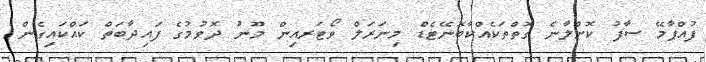
ފުއްޕާމޭ ސާފު ކޮށްލާނެ ގޮތްތަކެއްކާބޮނޭޓެޑް މިނަރަލް ވޯޓަރއިން މޫނު ދޮވުމުގެ ފައިދާބަތް ކައްކައިގެން